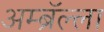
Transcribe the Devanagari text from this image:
अम्ब्रॅल्ला